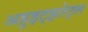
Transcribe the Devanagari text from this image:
अहुइट्झोट्ल